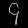
Digit: ၄